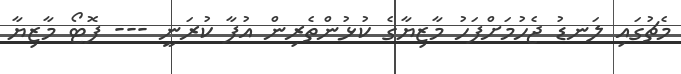
މެޗުގައި ލަނޑު ޖެހުމަށްފަހު މާޒިޔާގެ ކުޅުންތެރިން އުފާ ކުރަނީ --- ފޮޓޯ މާޒިޔާ